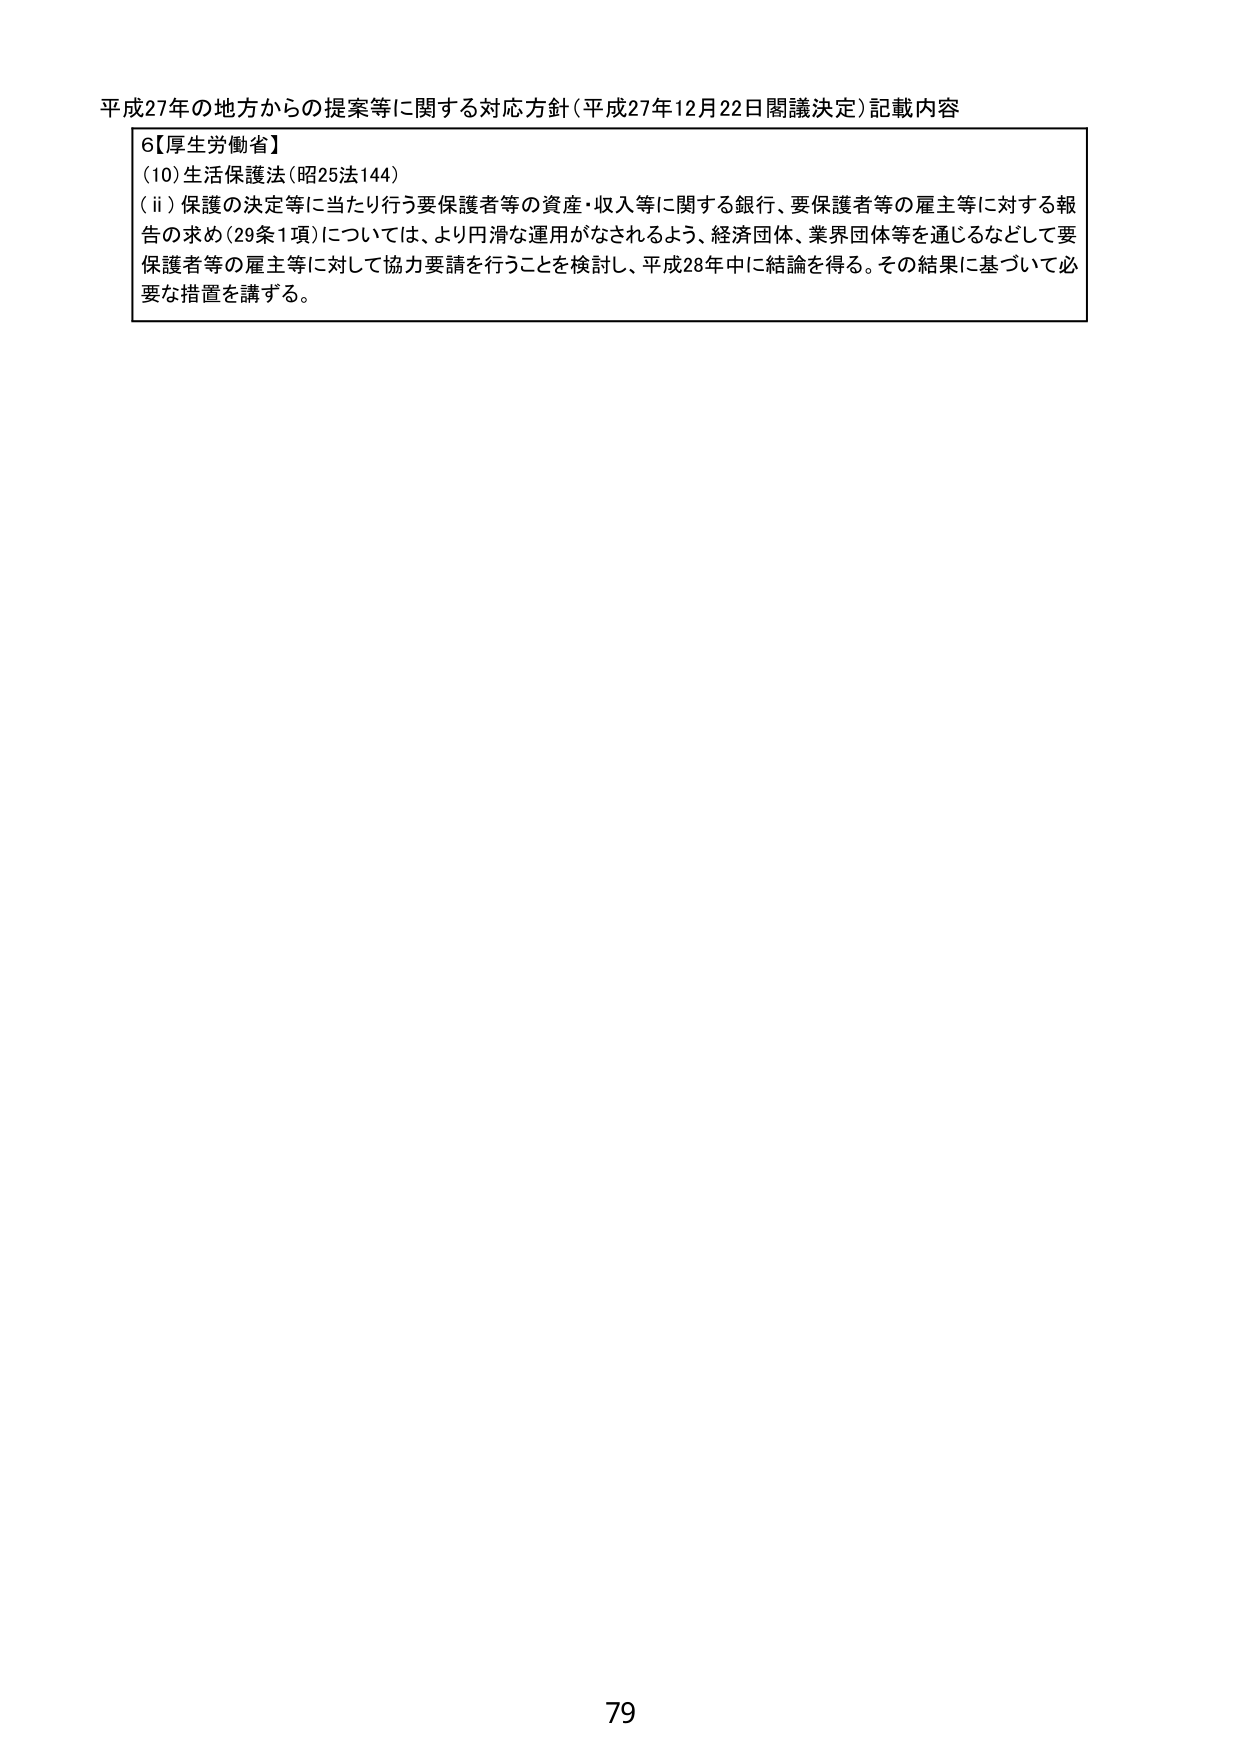
平成27年の地方からの提案等に関する対応方針（平成27年12月22日閣議決定）記載内容

6【厚生労働省】
(10) 生活保護法（昭25法144）
(ii) 保護の決定等に当たり行う要保護者等の資産・収入等に関する銀行、要保護者等の雇主等に対する報告の求め（29条1項）については、より円滑な運用がなされるよう、経済団体、業界団体等を通じるなどして要保護者等の雇主等に対して協力要請を行うことを検討し、平成28年中に結論を得る。その結果に基づいて必要な措置を講ずる。

79